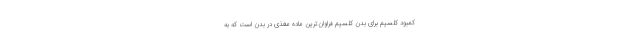
کمبود کلسیم برای بدن کلسیم فراوان‌ترین ماده‌ٔ مغذی در بدن است که به